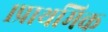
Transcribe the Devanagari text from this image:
१प्राथमिक